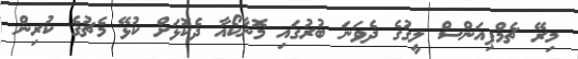
މިރޭ ޗެމްޕިއަންސް ލީގުގެ ދެވަނަ ބުރުގައި މޮނާކޯއާ ދެކޮޅަށް ކުޅޭ މެޗުގެ ކުރިން